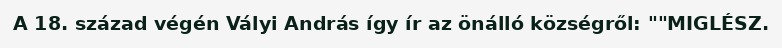
A 18. század végén Vályi András így ír az önálló községről: ""MIGLÉSZ.